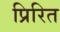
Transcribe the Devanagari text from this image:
प्रिरित